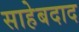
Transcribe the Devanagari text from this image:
साहेबदाद